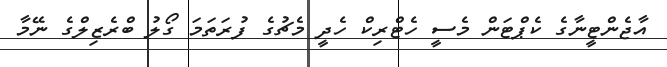
އާޖެންޓީނާގެ ކެޕްޓަން މެސީ ހެޓްރިކް ހެދީ މެޗުގެ ފުރަތަމަ ގޯލު ބްރެޒިލްގެ ނޭމާ